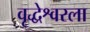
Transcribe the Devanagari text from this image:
वृद्धेश्वरला